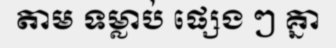
តាម ទម្លាប់ ផ្សេង ៗ គ្នា